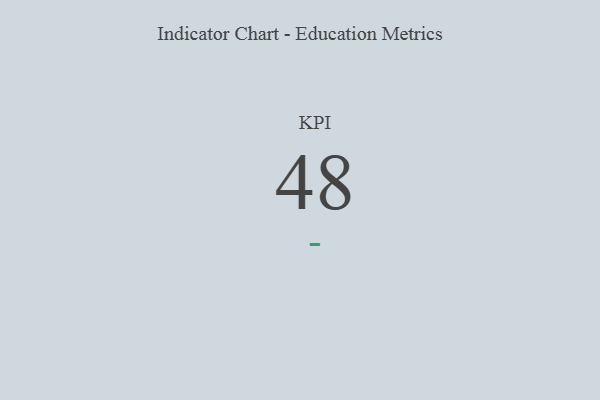
{"axis": {"x": "KPI", "y": "Value"}, "legend": [""], "data": [{"x": "KPI", "y": 48, "type": ""}]}